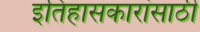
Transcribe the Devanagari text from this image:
इतिहासकारांसाठी